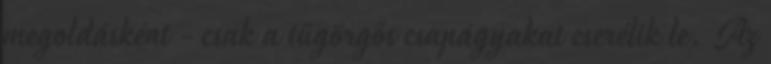
megoldásként - csak a tűgörgős csapágyakat cserélik le. Az